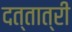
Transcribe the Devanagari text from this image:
दत्तात्री